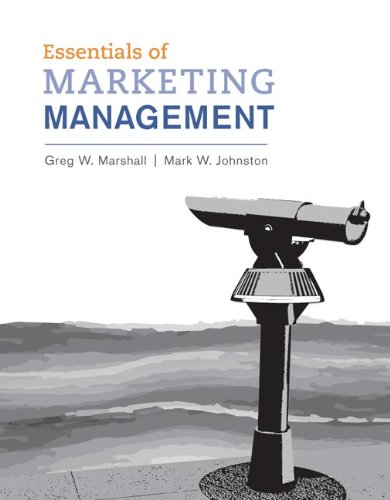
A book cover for Essentials of Marketing Management; Greg Marshall; Business & Money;